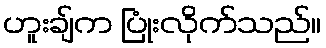
ဟူးချ်က ပြုံးလိုက်သည်။